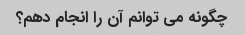
چگونه می توانم آن را انجام دهم؟